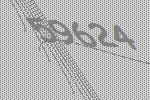
59624